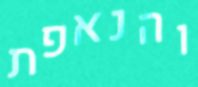
והנאפת